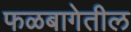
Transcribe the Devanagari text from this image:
फळबागेतील